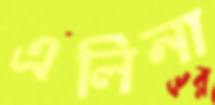
এলিনা